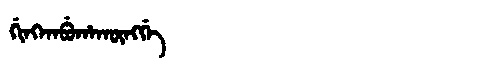
Manchu: ᡤᡳᠩᡴᠠᠪᡠᡥᠠᡴᡡᠩᡤᡝ
Romanization: GINGKABUHAKŪNGGE